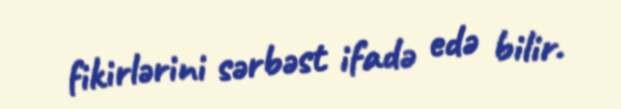
fikirlərini sərbəst ifadə edə bilir.